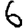
Digit: 6